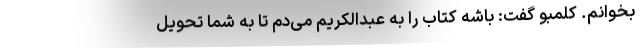
بخوانم. کلمبو گفت: باشه کتاب را به عبدالکریم می‌دم تا به شما تحویل